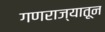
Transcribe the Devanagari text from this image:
गणराज्यातून